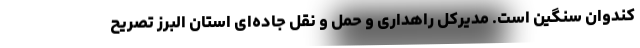
کندوان سنگین است. مدیرکل راهداری و حمل و نقل جاده‌ای استان البرز تصریح